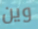
وين